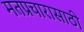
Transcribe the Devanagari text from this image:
मतप्रचारासाठी